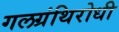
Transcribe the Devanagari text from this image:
गलग्रंथिरोधी